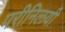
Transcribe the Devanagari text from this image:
परीनिलयी